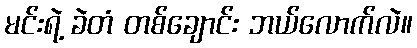
မင်းရဲ့ ခဲတံ တစ်ချောင်း ဘယ်လောက်လဲ။